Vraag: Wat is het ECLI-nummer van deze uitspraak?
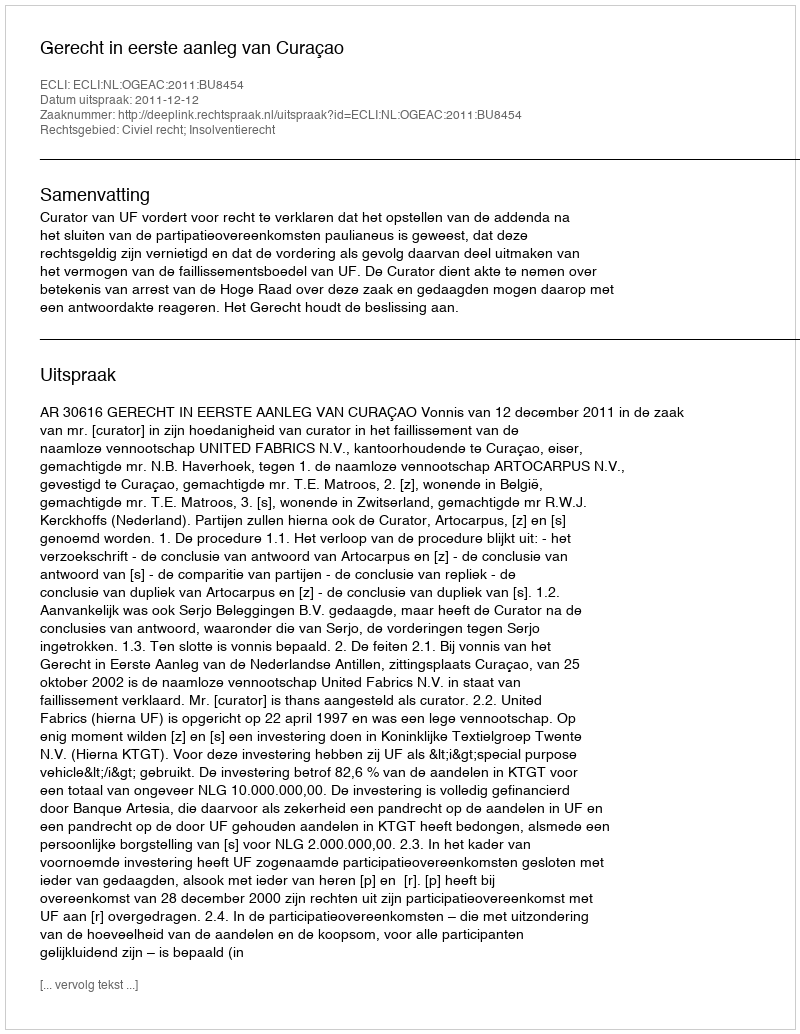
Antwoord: ECLI:NL:OGEAC:2011:BU8454